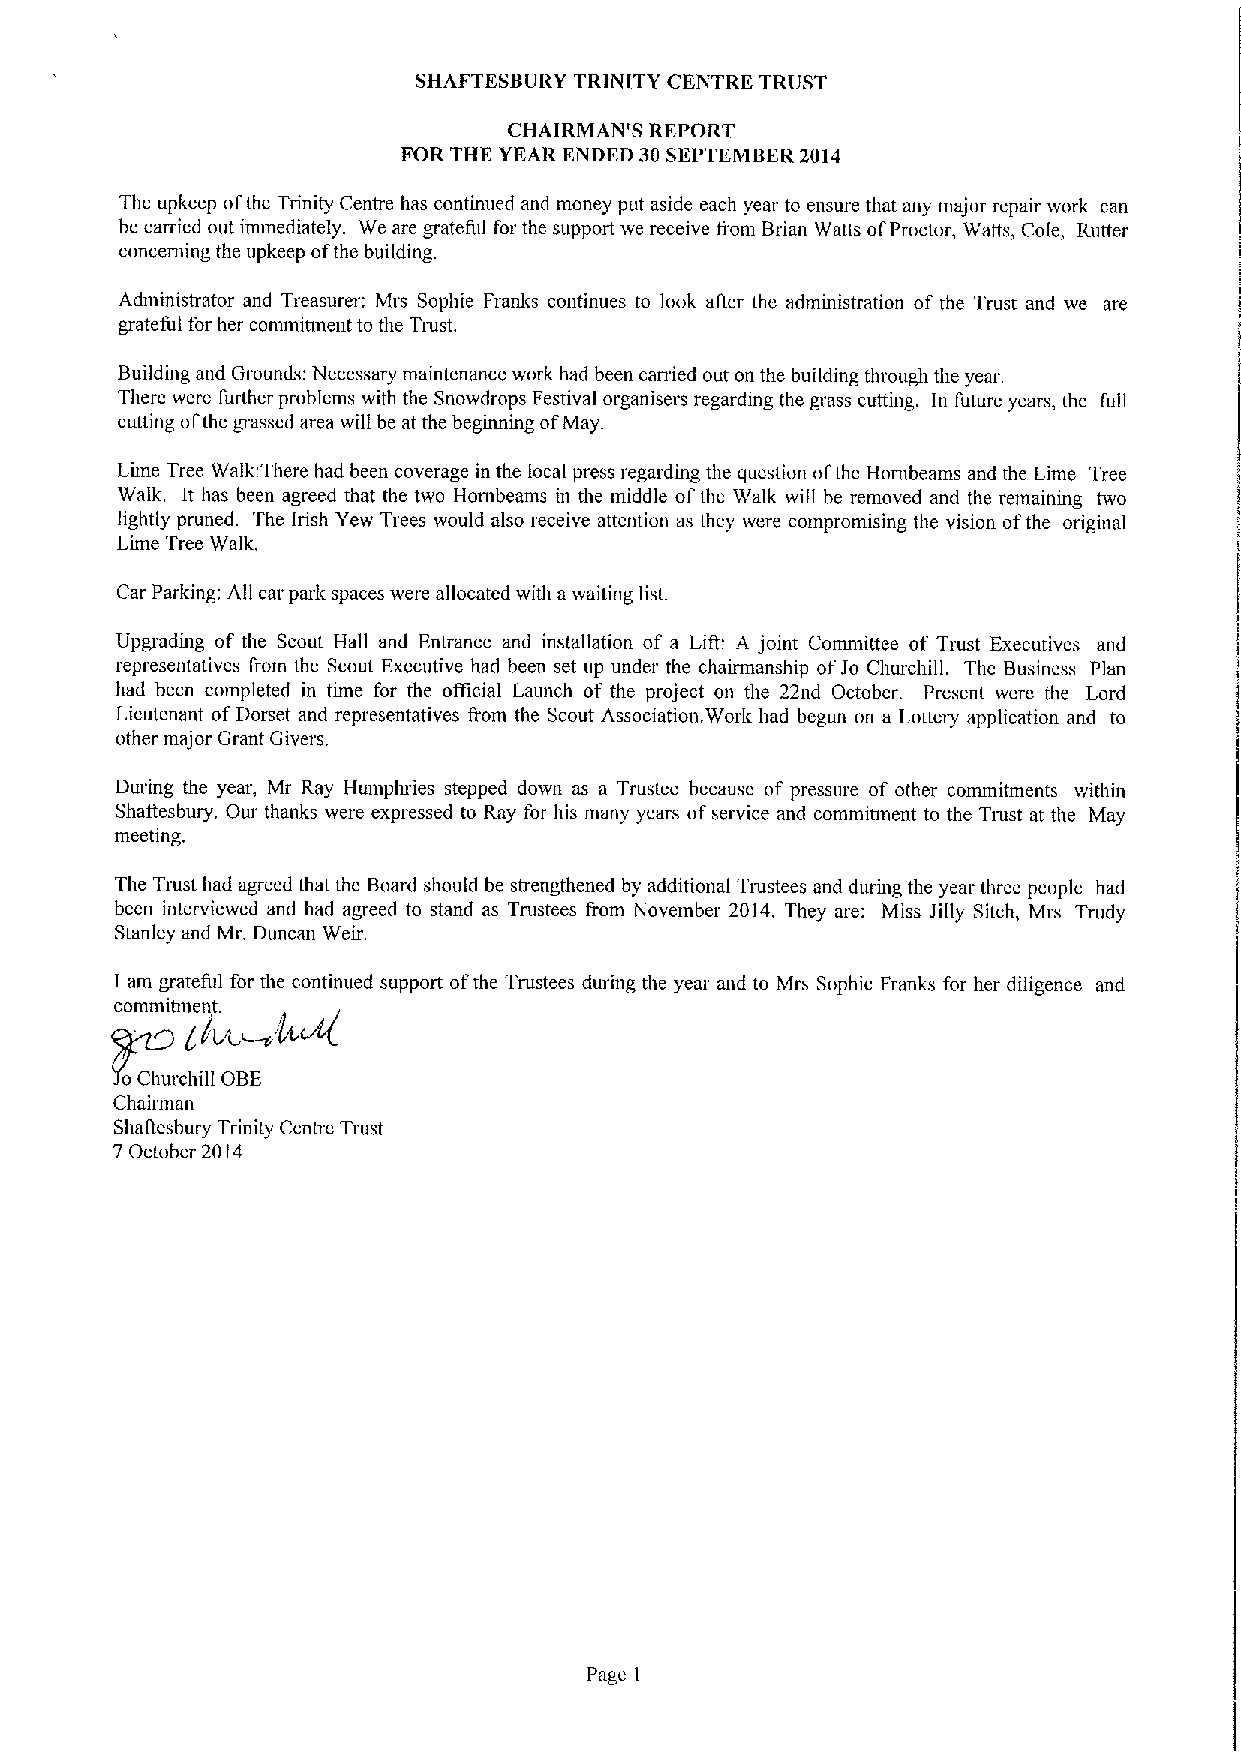
SHAFTESBURY TRINITY CENTRE. TRUST
 CHAIRMAN'S REPORT
 FOR THE YEAR ENDED 30SEPTEMBER2014
 The upkeep ofthe Trinity Centre has continued and money put aside each year to ensure that any major repair work can
 be carried out immediately. We are grateful for the support we receive frotn Brian Watts ofProctor, Watts, Cole, Rutter
 concerning the upkeep ofthe building.
 Administrator and Treasurer: Mrs Sophie Franks continues to look after thc administration of the Trust and we are
 grateful for her commiunent to the Ttmst.
 Building and Grounds: Necessary maintenance work had been carried out on the building through the year.
 There were further problems with the Snowdrops Festival organisers regarding the grass cutting. In future years, the full
 cutting ofthe grassed area will be at the beginning ofMay.
 Litne Tree Walk;There had been coverage in the local press regarding the question ofthe Hontbeams and the Lime Tree
 Walk, It has been agreed that the two Hombeams in the middle ofthe Walk will be removed and the remaining two
 lightly pruned. The Irish Yew Trees would also receive attention as they were compromising the vision ofthe original
 Lime Tree Walk.
 Car Parking; All car park spaces were allocated with a waiting list.
 Upgrading of the Scout Hall and Entrance and installation of a Lift; A joint Committee of Trust Executives and
 representatives 0'om the Scout Executive had been set up under the chairmanship ofJo Churchill. The Business Plan
 had been completed in time for the otftcial Launch of the project on the 22nd October. Present were the Lord
 Lieutenant ofDorset and representatives from the Scout Association. Work had begun on a Lottery application and to
 other major Grant Givers.
 During the year, Mr Ray Humphries stepped down as a Trustee because of pressure of other commitments within
 Shallesbury. Our thanks were expressed to Ray for his many years ofservice and comminnent to the Ttxtst at the May
 meeting.
 The Trust had agreed that the Board should be strengthened by additional Trustees and during the year three people had
 been interviewed and had agreed to stand as Trustees from November 2014. They are: Miss Jilly Sitch, Mrs Trudy
 Stanley and Mr. Duncan Weir.
 I am gretel'ul for the continued support ofthe Trustees during the year and to Mrs Sophie Franks for her diligence and
 commihnent.
 bl'L'-k~(
 o Churchill OBE
 Chaitman
 Shailesbury Trinity Centre Trust
 7 October 20I4
 Page I